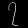
Digit: ၇